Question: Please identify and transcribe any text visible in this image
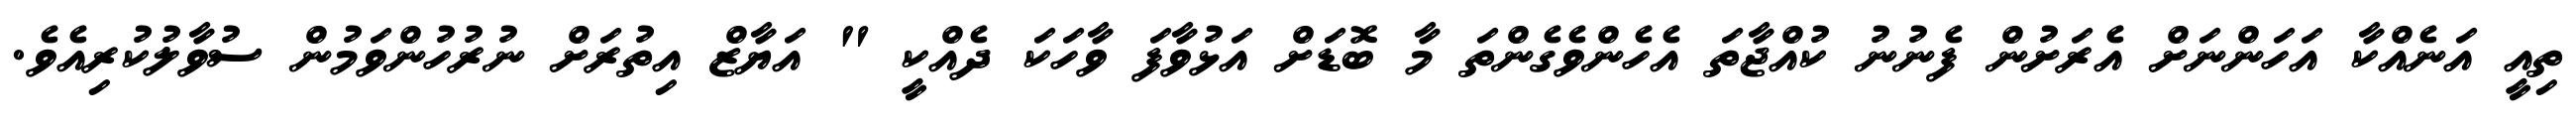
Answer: ތިއީ އަނެއްކާ އަހަންނަށް އެރަށުން ފެނުނު ކުއްޖާތަ އެހެންވެގެންތަ މާ ބޮޑަށް އަޅުވާފަ ވާހަކަ ދެއްކީ " އަޔާޒް އިތުރަށް ނުރުހުންވަމުން ސުވާލުކުރިއެވެ.